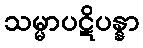
သမ္မာပဋိပန္နာ